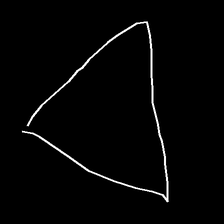
Glyph: convergence